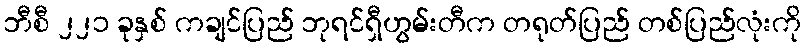
ဘီစီ ၂၂၁ ခုနှစ် ကချင်ပြည် ဘုရင်ရှီဟွမ်းတီက တရုတ်ပြည် တစ်ပြည်လုံးကို